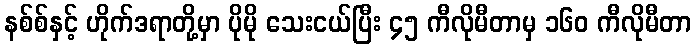
နစ်စ်နှင့် ဟိုက်ဒရာတို့မှာ ပိုမို သေးငယ်ပြီး ၄၅ ကီလိုမီတာမှ ၁၆၀ ကီလိုမီတာ